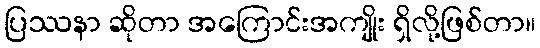
ပြဿနာ ဆိုတာ အကြောင်းအကျိုး ရှိလို့ဖြစ်တာ။